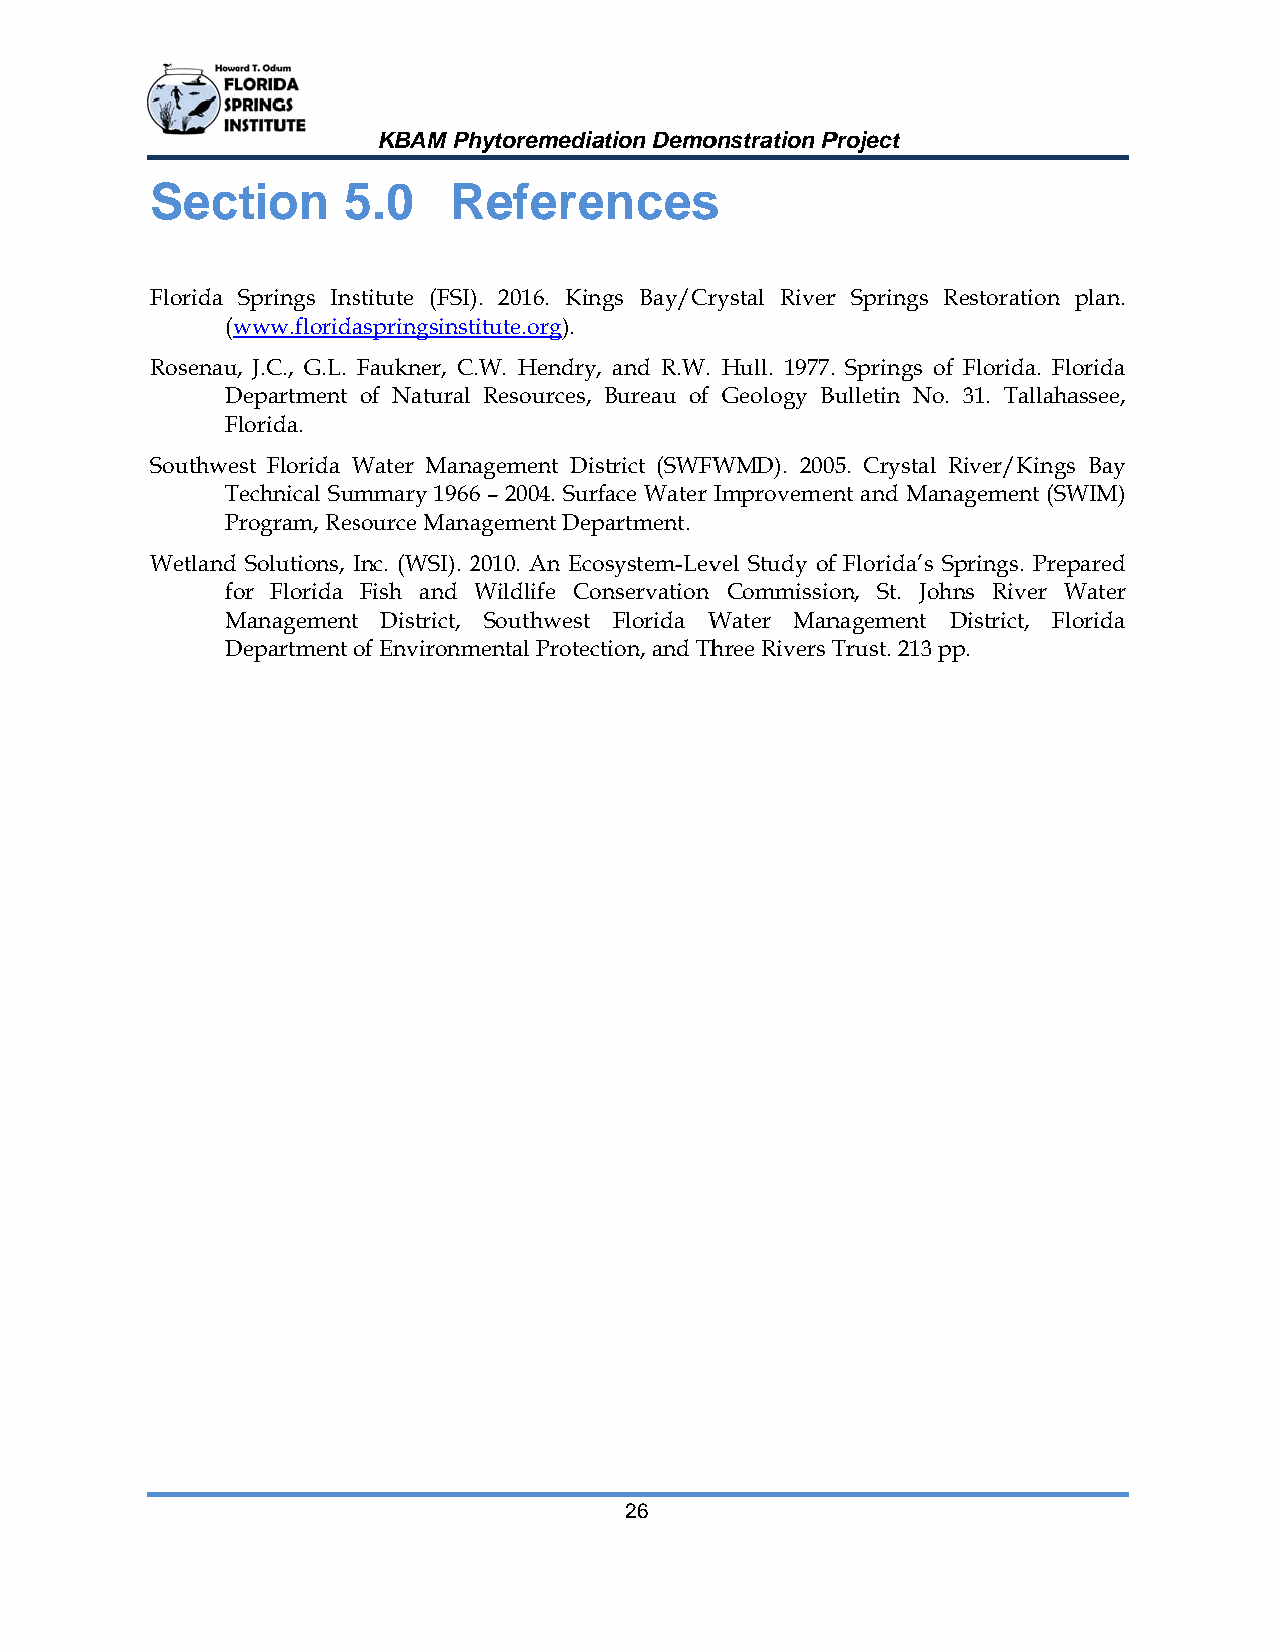
KBAM Phhytoremediaation Demoonstration PProject
 Section      55.0   RRefereencess
 Florida Springs Insstitute (FSI). 2016. Kinngs Bay/Crrystal Riverr Springs RRestoration plan.
 (wwww.floridaaspringsinstiitute.org).
 Rosenau,, J.C., G.L. Faukner, C..W. Hendryy, and R.W. Hull. 1977.. Springs off Florida. Florida
 DDepartment of Natural Resources, Bureau of Geology BBulletin No. 31. Tallahaassee,
 Florida.
 Southweest Florida WWater Manaagement District (SWFWWMD). 20005. Crystal RRiver/Kingss Bay
 TTechnical Summmary 19666 – 2004. Surrface Water IImprovemennt and Management (SWWIM)
 PProgram, Ressource Manaagement Deppartment.
 Wetland Solutions, IInc. (WSI). 22010. An Ecoosystem-Levvel Study off Florida’s SSprings. Preppared
 foor Florida Fish and WWildlife Coonservation Commissioon, St. Johnns River WWater
 MManagementt District, Southwest Florida WWater Mannagement DDistrict, Florida
 DDepartment oof Environmmental Protecction, and Thhree Rivers TTrust. 213 ppp.
 26